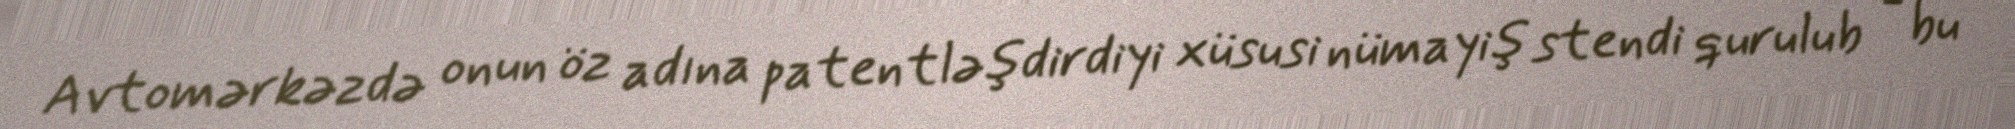
Avtomərkəzdə onun öz adına patentləşdirdiyi xüsusi nümayiş stendi qurulub - bu